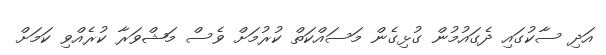
އަދި ސާކުގައި ދެގައުމުން ގުޅިގެން މަސައްކަތް ކުުރުމަށް ވެސް މަޝްވަރާ ކުރެއްވި ކަމަށް